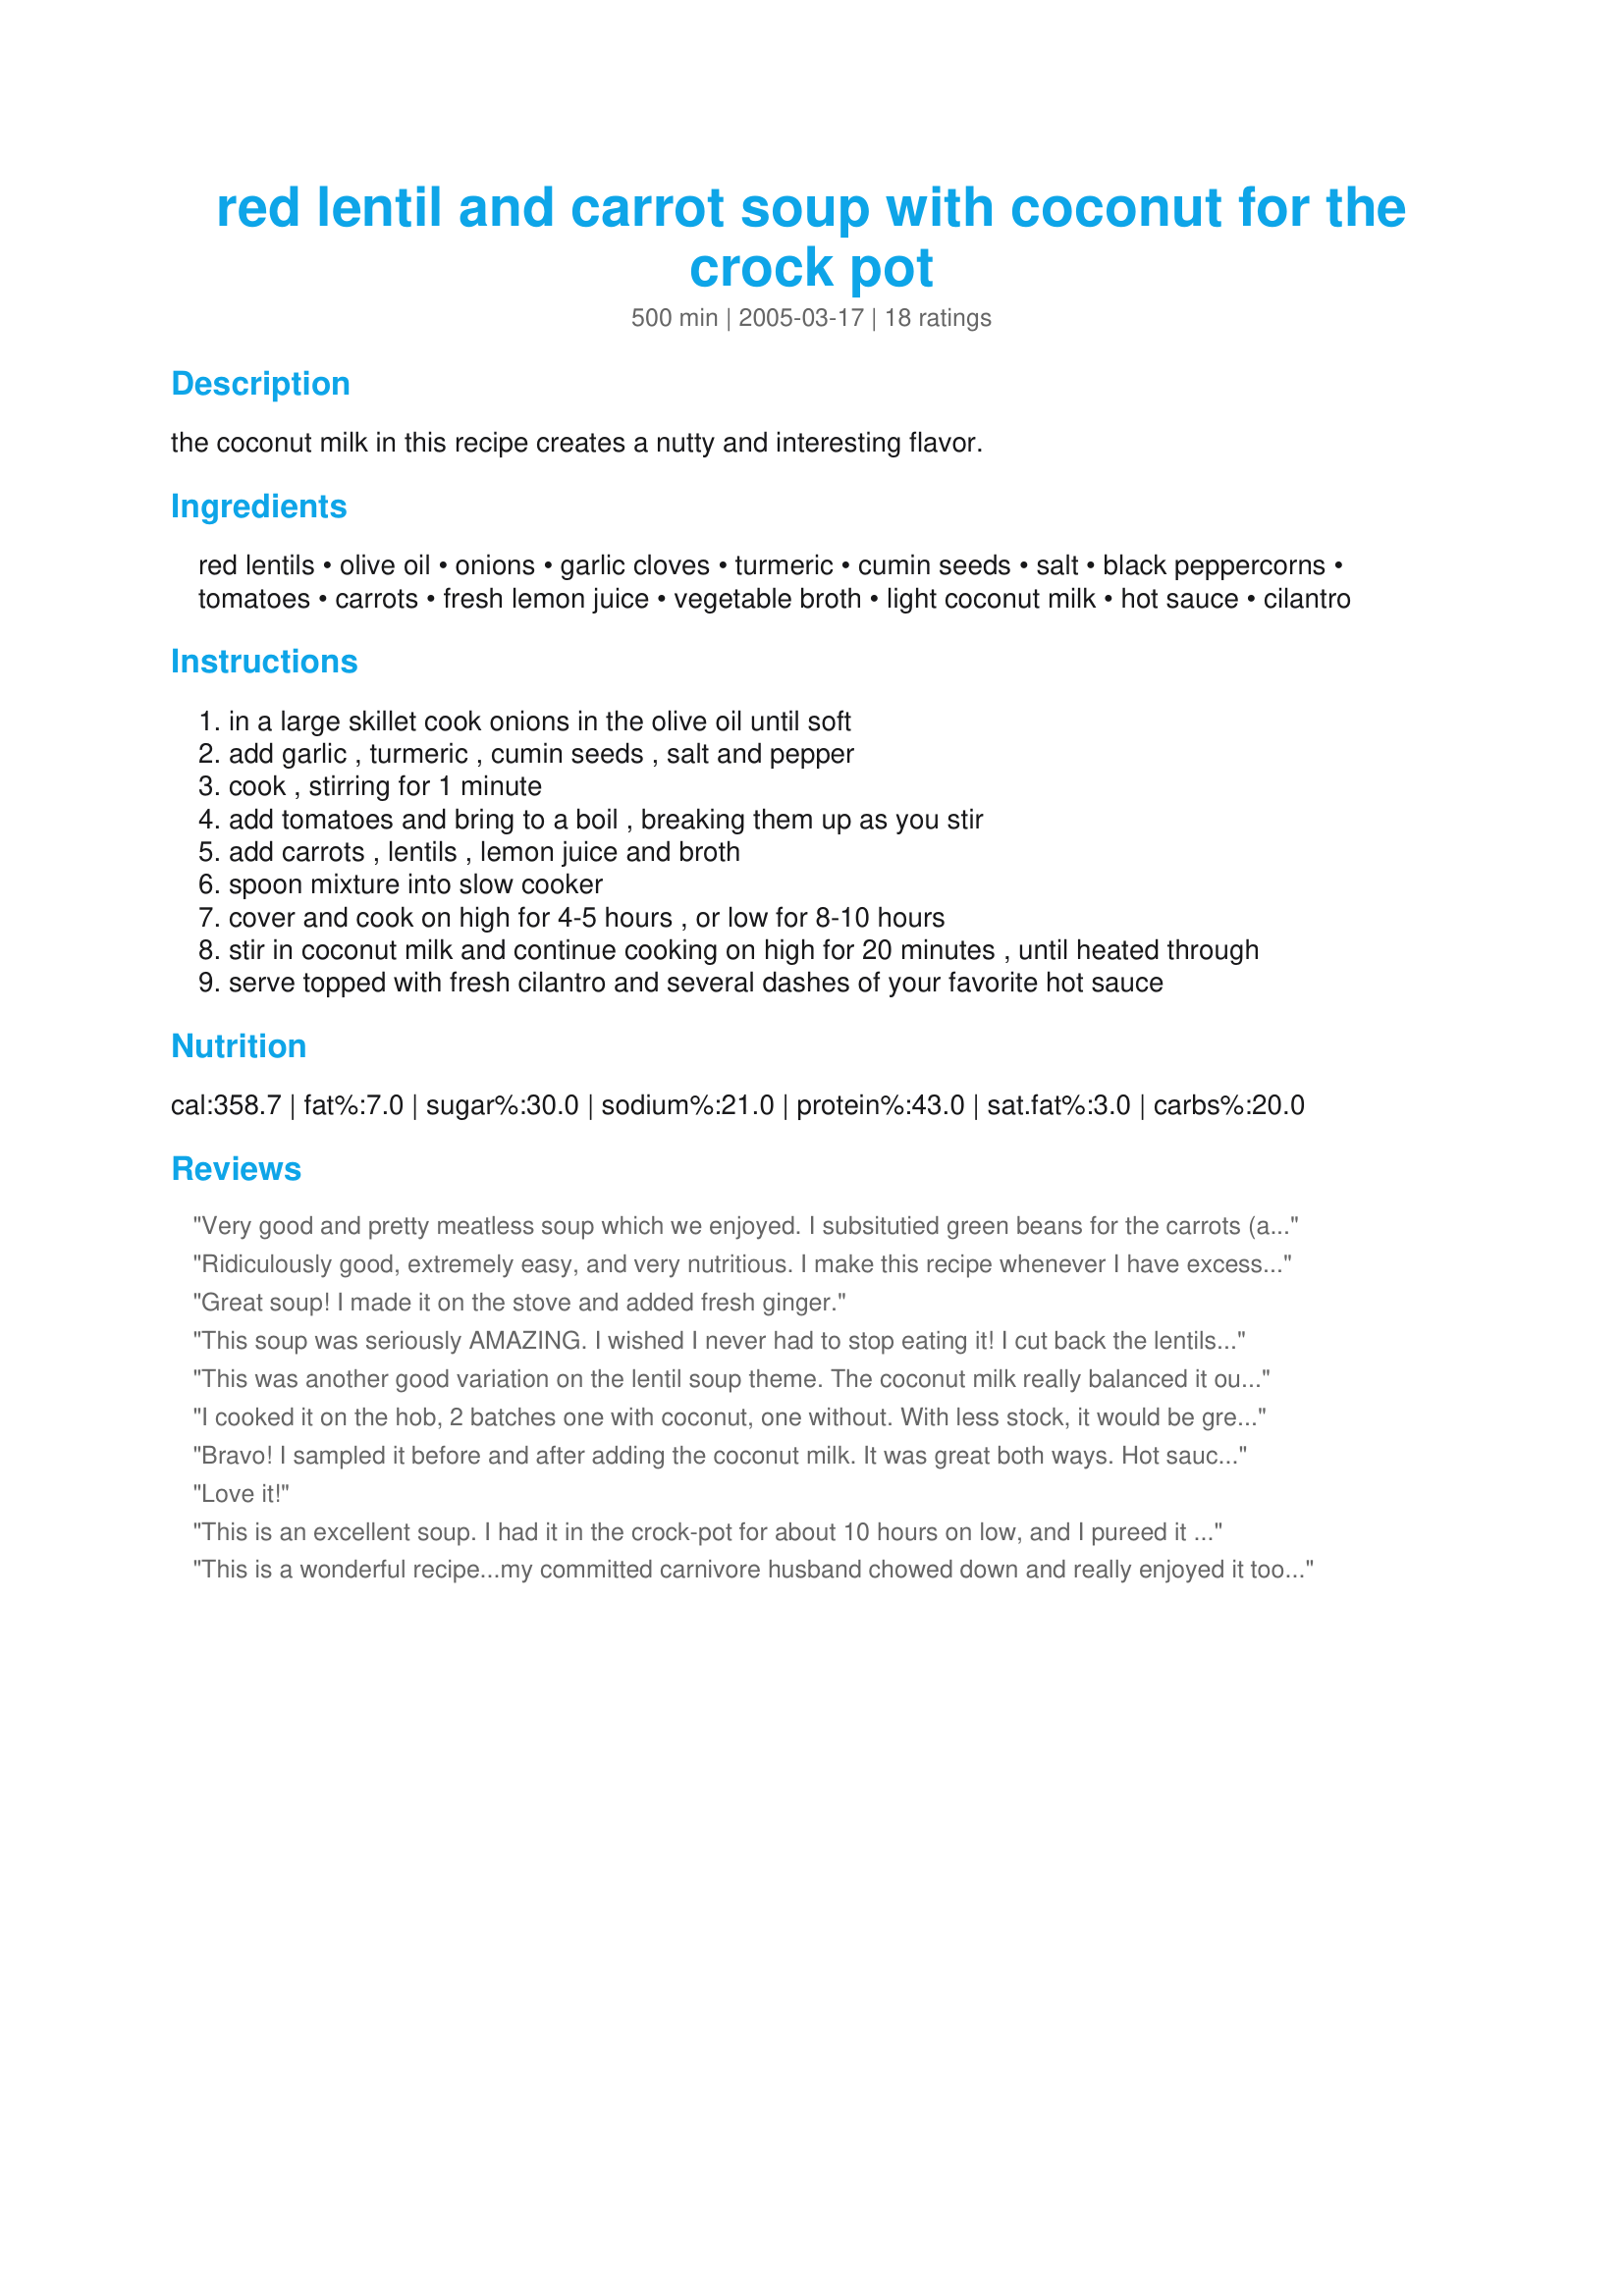
red lentil and carrot soup with coconut for the crock pot
Preparation time: 500 minutes

the coconut milk in this recipe creates a nutty and interesting flavor.

Ingredients:
red lentils, olive oil, onions, garlic cloves, turmeric, cumin seeds, salt, black peppercorns, tomatoes, carrots, fresh lemon juice, vegetable broth, light coconut milk, hot sauce, cilantro

Steps:
in a large skillet cook onions in the olive oil until soft
add garlic , turmeric , cumin seeds , salt and pepper
cook , stirring for 1 minute
add tomatoes and bring to a boil , breaking them up as you stir
add carrots , lentils , lemon juice and broth
spoon mixture into slow cooker
cover and cook on high for 4-5 hours , or low for 8-10 hours
stir in coconut milk and continue cooking on high for 20 minutes , until heated through
serve topped with fresh cilantro and several dashes of your favorite hot sauce

Reviews:
Very good and pretty meatless soup which we enjoyed. I subsitutied green beans for the carrots (as I was out) and instead of just the broth I used 2 cups chicken broth, 2 cups tomato juice and 2 cups water with 2 vegetable bouillion cubes thrown in. Delicious and no one asked about the meat! Thanks for sharing!
Ridiculously good, extremely easy, and very nutritious. I make this recipe whenever I have excess carrots and green beans from the garden (over the winter I use them up out of the freezer). The spices are fantastic, even though some Indians would say there's too much turmeric. Even with powdered broth, the soup is unbeatable. I add a lot of chiles, because I like it hot. Can't get enough!
Great soup! I made it on the stove and added fresh ginger.
This soup was seriously AMAZING. I wished I never had to stop eating it! I cut back the lentils by a half cup, the broth by 1.5 cups and the coconut milk by 1/2 cup in order to reduce the calories, plus I used 5 carrots and extra cumin. I also ran the immersion blender a touch to make it a little thicker. Wow! It was so good! Next time I think I might use a little less broth and then serve it over brown rice.
This was another good variation on the lentil soup theme. The coconut milk really balanced it out - before I added coconut milk, it tasted a bit bitter, but this totally disapeared with the coconut milk. I didn't use a slow cooker, just the stove top and it worked just fine - took about 30-45 minutes for the lentils to tenderise.
I cooked it on the hob, 2 batches one with coconut, one without. With less stock, it would be great (both ways) as a side-dish for an Indian spread. Absolutely yummers. I would not describe this as 'nutty', not like hazelnuts, peanuts &amp; walnuts are nutty, but it IS interesting. I often have lentils as part of an Indian or vegetarian meal but have not had them with coconut before, I was very impressed!! I am looking forward to more in the winter (I like this cold too); also looking forward to trying the suggestions other reviewers have posted here, lots recommend ginger, I know lots of Indian recipes use quite a lot of ginger with red lentils - my favourite recipe, from an Indian, says to use a 2&quot; cube (for a side serving for 4) without peeling or chopping but discarding afterward. I really liked the lentil/coconut milk combo, thanks.
Bravo! I sampled it before and after adding the coconut milk. It was great both ways. Hot sauce in a dish with coconut is an eyeopener. Next time I'll make a double batch for sure.
Love it!
This is an excellent soup. I had it in the crock-pot for about 10 hours on low, and I pureed it before serving. Gets better as it sits too.
This is a wonderful recipe...my committed carnivore husband chowed down and really enjoyed it too.
Great colour, wonderful flavour.
I only used four cups of stock, for a more stew-like consistency...I cannot stop raving about this dish!
Fantastic! Because I'm lazy, I just threw it all in the crockpot over night and had it for lunch. YUM! I added a tiny bit (ok a lot) more lentils and it had a chili-like consistancy. Even tastes good cold! 
But the REAL reason for 5 stars is that my 16 mo old ate it like it was free! This is a child who only ever eats pizza! My husband and I almost fell out of our chairs! Thanks for a toddler pleaser!
I love this recipe! I've made it 6 or 7 times in the last couple of months, and it's tons of fun to play with! I'll halve the lentils and add brown rice, or add extra veggies or play with the spices or whatever, and it's amazing every time :) Thank you!
This is delicious! I used 4 carrots instead of 2, and subbed one of the tsp of cumin with curry powder because I didn't have much cumin. I also added about a half a bag of leftover baby spinach. It came out fantastic! Thanks for posting!
Tasty! Added a lb of turkey Italian sausage, more carrots, and a red bell pepper. Used just 2 cups stock to make it thicker. It would be good with some fresh ginger added in. Thanks!
Love this soup! Added more carrot, and used a combo of homemade turkey stock and chicken broth. Only had two garlic cloves, so I added a half teaspoon of garlic powder. Threw in four slices of fresh jalape&ntilde;o. Used the immersion blender and made some naan-flavored bread in my ABM to go with it. Yum!
Super delicious, the best lentil soup I’ve ever had! Let it simmer 10 hours on low, then added heated coconut milk to speed up the last 20 minutes. Used 4 carrots and 50/50 store bought &amp; homemade chicken broth. Also added some grated ginger on the plate. Couldn’t help scraping the pot clean with a spoon after we finished eating;D
I didn't use a slow-cooker for this. I also used less tomato and more carrot but it was still delicious. This is a recipe I'll definitely be coming back to! Thanks.
Loved it! Read all the reviews and increased carrot. I used the full amount of hot sauce, cooked on the stove top for 35 minutes, and added the lemon last. I added more lemon to work with the coconut milk. Next time will add more cumin. A really good, adaptable, and easy recipe. Thanks for posting.
